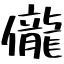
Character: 儱